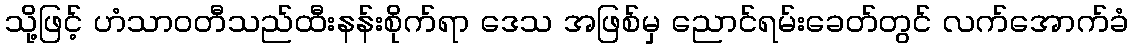
သို့ဖြင့် ဟံသာဝတီသည်ထီးနန်းစိုက်ရာ ဒေသ အဖြစ်မှ ညောင်ရမ်းခေတ်တွင် လက်အောက်ခံ